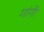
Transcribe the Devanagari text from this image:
गांगी